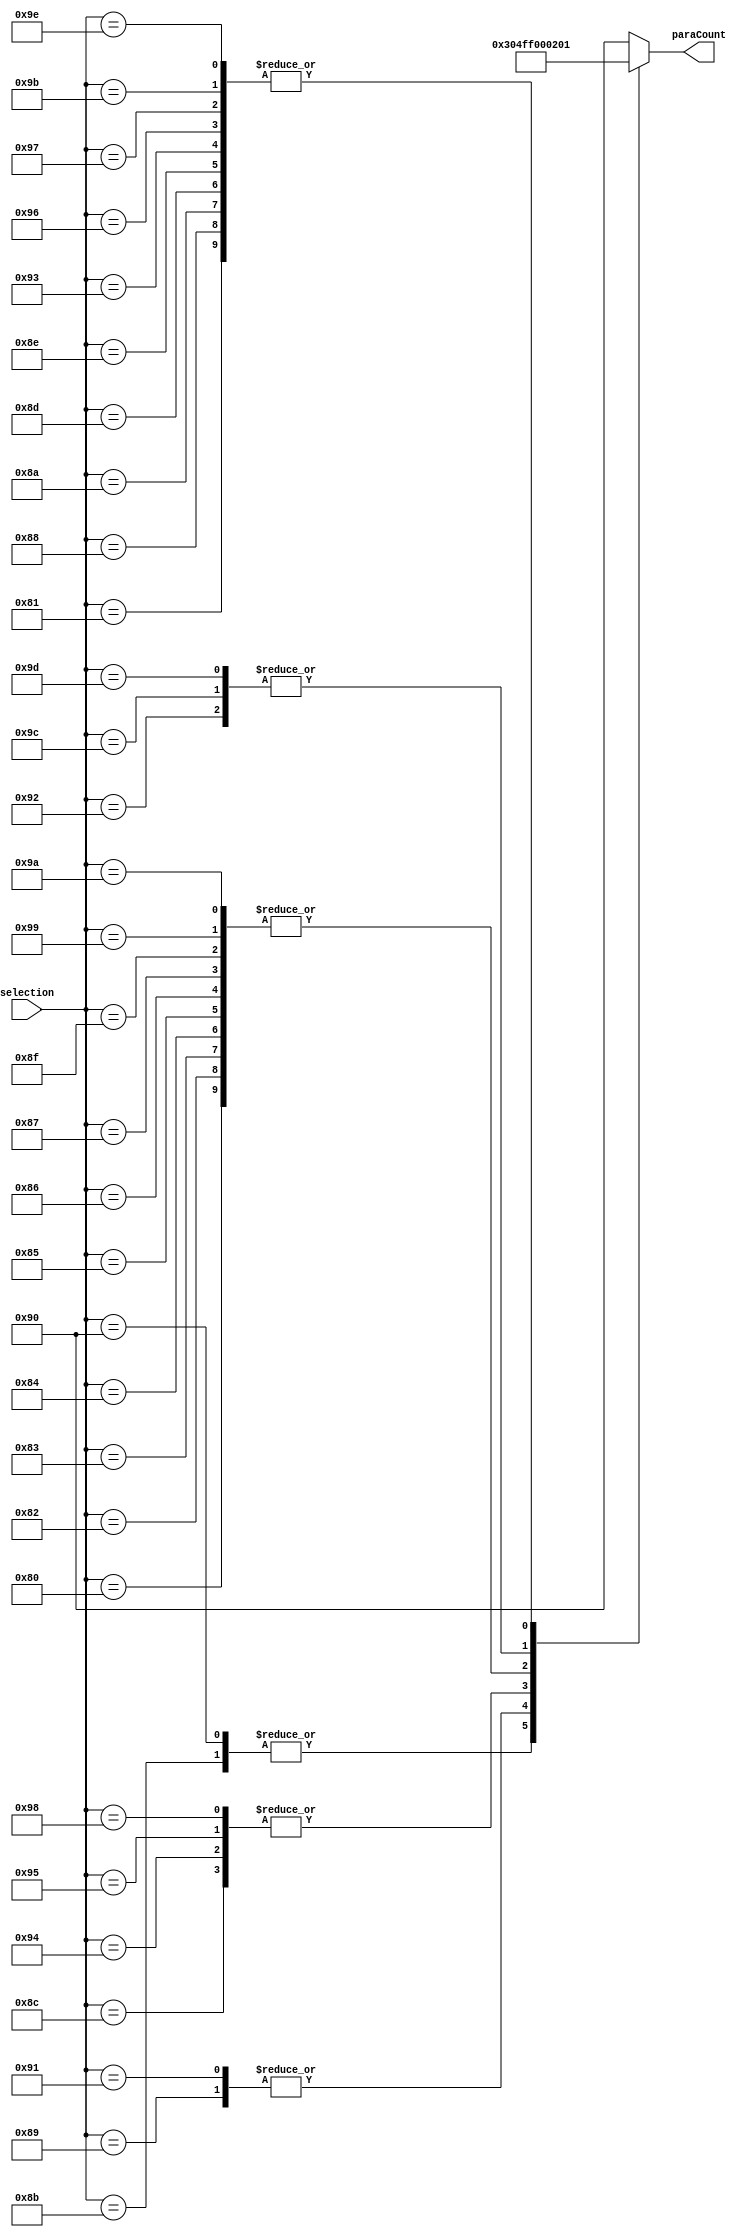
//=================================================================================//
//		File Name: Ctrl_RobotIOLUT
//		Version	: V0.1
//		Date Create: 7/Dec/2012
//================================================================================//
module RobotIOLUT(selection,paraCount);
input		[7:0] selection;
output	[7:0]	paraCount;
reg		[7:0]	paraCount;

always @(selection)
begin
		case(selection)
		8'd128: paraCount = 8'b0000_0000;
		8'd129: paraCount = 8'b0000_0001;
		8'd130: paraCount = 8'b0000_0000;
		8'd131: paraCount = 8'b0000_0000;
		8'd132: paraCount = 8'b0000_0000;
		8'd133: paraCount = 8'b0000_0000;
		8'd134: paraCount = 8'b0000_0000;
		8'd135: paraCount = 8'b0000_0000;
		8'd136: paraCount = 8'b0000_0001;
		8'd137: paraCount = 8'b0000_0100;
		8'd138: paraCount = 8'b0000_0001;
		8'd139: paraCount = 8'b0000_0011;
		8'd140: paraCount = 8'b1111_1111;
		8'd141: paraCount = 8'b0000_0001;
		8'd142: paraCount = 8'b0000_0001;
		8'd143: paraCount = 8'b0000_0000;
		8'd144: paraCount = 8'b0000_0011;
		8'd145: paraCount = 8'b0000_0100;
		8'd146: paraCount = 8'b0000_0010;
		8'd147: paraCount = 8'b0000_0001;
		8'd148: paraCount = 8'b1111_1111;
		8'd149: paraCount = 8'b1111_1111;
		8'd150: paraCount = 8'b0000_0001;
		8'd151: paraCount = 8'b0000_0001;
		8'd152: paraCount = 8'b1111_1111;
		8'd153: paraCount = 8'b0000_0000;
		8'd154: paraCount = 8'b0000_0000;
		8'd155: paraCount = 8'b0000_0001;
		8'd156: paraCount = 8'b0000_0010;
		8'd157: paraCount = 8'b0000_0010;
		8'd158: paraCount = 8'b0000_0001;
		default: paraCount = 8'b1001_0000;
		endcase
end

endmodule